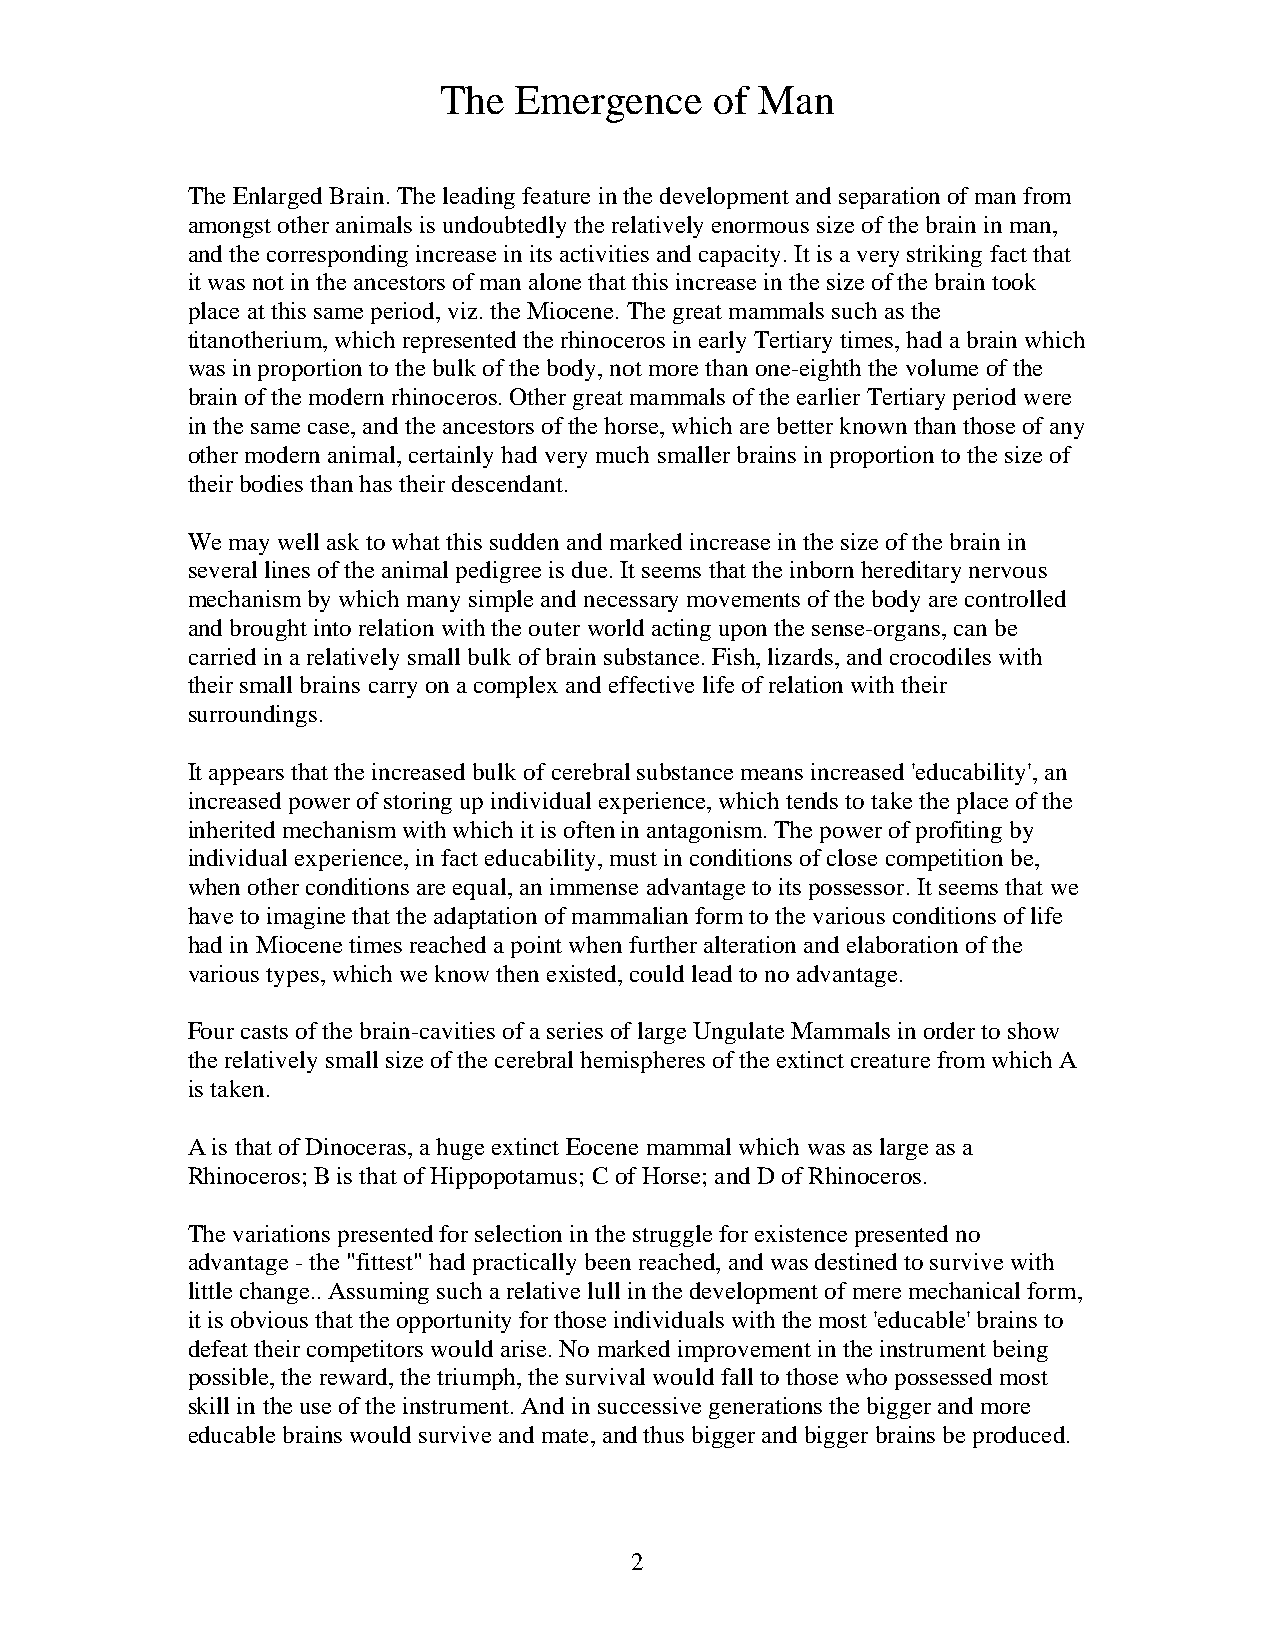
The  Emergence    of Man
 The Enlarged Brain. The leading feature in the development and separation of man from
 amongst other animals is undoubtedly the relatively enormous size of the brain in man,
 and the corresponding increase in its activities and capacity. It is a very striking fact that
 it was not in the ancestors of man alone that this increase in the size of the brain took
 place at this same period, viz. the Miocene. The great mammals such as the
 titanotherium, which represented the rhinoceros in early Tertiary times, had a brain which
 was in proportion to the bulk of the body, not more than one-eighth the volume of the
 brain of the modern rhinoceros. Other great mammals of the earlier Tertiary period were
 in the same case, and the ancestors of the horse, which are better known than those of any
 other modern animal, certainly had very much smaller brains in proportion to the size of
 their bodies than has their descendant.
 We may well ask to what this sudden and marked increase in the size of the brain in
 several lines of the animal pedigree is due. It seems that the inborn hereditary nervous
 mechanism by which many simple and necessary movements of the body are controlled
 and brought into relation with the outer world acting upon the sense-organs, can be
 carried in a relatively small bulk of brain substance. Fish, lizards, and crocodiles with
 their small brains carry on a complex and effective life of relation with their
 surroundings.
 It appears that the increased bulk of cerebral substance means increased 'educability', an
 increased power of storing up individual experience, which tends to take the place of the
 inherited mechanism with which it is often in antagonism. The power of profiting by
 individual experience, in fact educability, must in conditions of close competition be,
 when other conditions are equal, an immense advantage to its possessor. It seems that we
 have to imagine that the adaptation of mammalian form to the various conditions of life
 had in Miocene times reached a point when further alteration and elaboration of the
 various types, which we know then existed, could lead to no advantage.
 Four casts of the brain-cavities of a series of large Ungulate Mammals in order to show
 the relatively small size of the cerebral hemispheres of the extinct creature from which A
 is taken.
 A is that of Dinoceras, a huge extinct Eocene mammal which was as large as a
 Rhinoceros; B is that of Hippopotamus; C of Horse; and D of Rhinoceros.
 The variations presented for selection in the struggle for existence presented no
 advantage - the "fittest" had practically been reached, and was destined to survive with
 little change.. Assuming such a relative lull in the development of mere mechanical form,
 it is obvious that the opportunity for those individuals with the most 'educable' brains to
 defeat their competitors would arise. No marked improvement in the instrument being
 possible, the reward, the triumph, the survival would fall to those who possessed most
 skill in the use of the instrument. And in successive generations the bigger and more
 educable brains would survive and mate, and thus bigger and bigger brains be produced.
 2